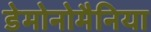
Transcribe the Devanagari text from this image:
डेमोनोमैनिया